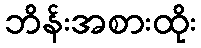
ဘိန်းအစားထိုး